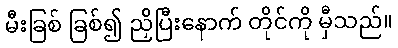
မီးခြစ် ခြစ်၍ ညှိပြီးနောက် တိုင်ကို မှီသည်။